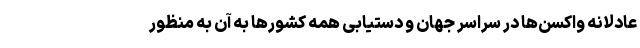
عادلانه واکسن‌ها در سراسر جهان و دستیابی همه کشورها به آن به منظور